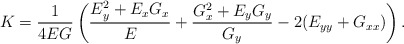
\begin{align*}K=\frac{1}{4EG}\left(\frac{E_y^2+E_xG_x}{E}+\frac{G_x^2+E_yG_y}{G_y}-2(E_{yy}+G_{xx})\right).\end{align*}